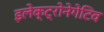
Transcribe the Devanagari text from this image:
इलेक्ट्रोनेगेटिव